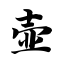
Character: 壶